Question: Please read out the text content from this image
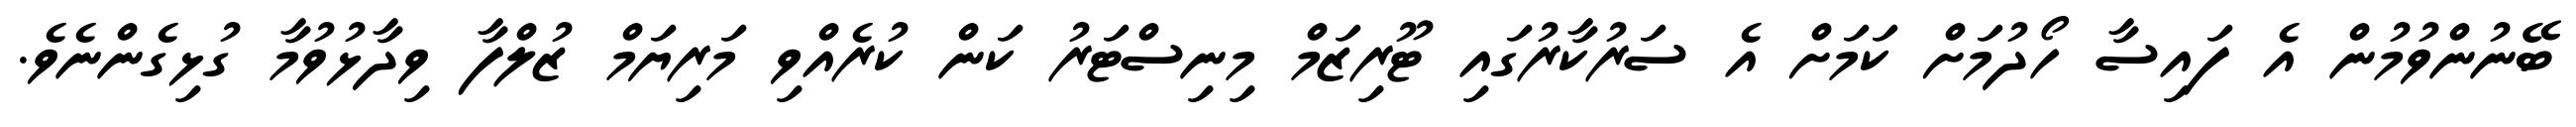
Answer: ބޭނުންވުމުން އެ ފައިސާ ހޯދުމަށް ކަމަށް އެ ސަރުކާރުގައި ޓޫރިޒަމް މިނިސްޓަރު ކަން ކުރެއްވި މަރިޔަމް ޒުލްފާ ވިދާޅުވުމާ ގުޅިގެންނެވެ.